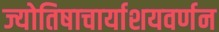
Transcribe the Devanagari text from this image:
ज्योतिषाचार्याशयवर्णन